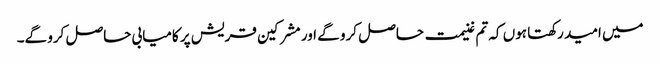
میں امید رکھتا ہوں کہ تم غنیمت حاصل کرو گے اور مشرکین قریش پر کامیابی حاصل کرو گے۔